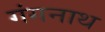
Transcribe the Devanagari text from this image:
गंगनाथ